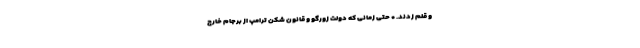
و قلم زدند. * حتی زمانی که دولت زورگو و قانون شکن ترامپ از برجام خارج